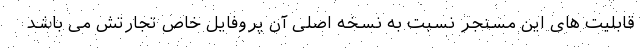
قابلیت های این مسنجر نسبت به نسخه اصلی آن پروفایل خاص تجارتش می باشد